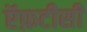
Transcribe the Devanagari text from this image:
ऍफ़टीसी